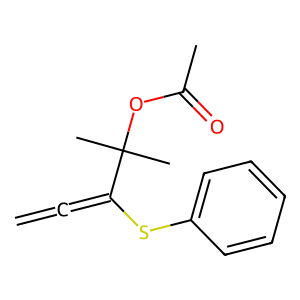
SMILES: C=C=C(Sc1ccccc1)C(C)(C)OC(C)=O
Inhibits HIV replication: No